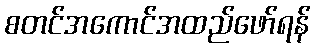
စတင်အကောင်အထည်ဖော်ရန်